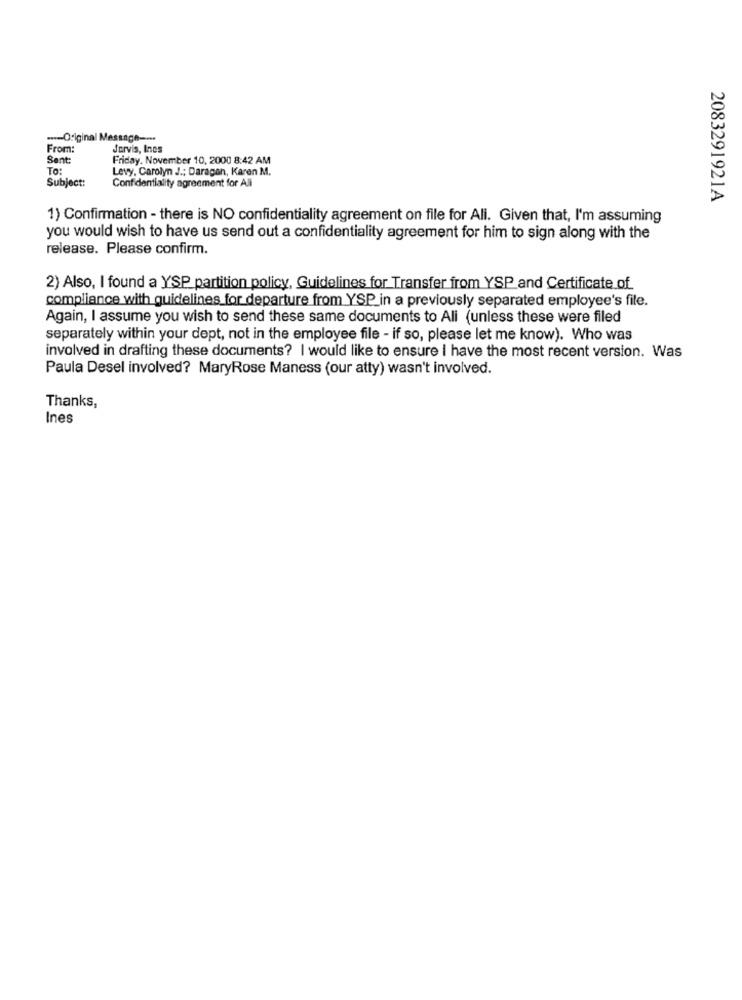
---- Original Message ---.
From:
Jarvis, Ines
Sent:
Friday, November 10, 2000 8:42 AM
To:
Levy, Carolyn J .; Daragen, Karen M.
Subject:
Confidentiality agreement for All
2083291921A
1) Confirmation - there is NO confidentiality agreement on file for Ali. Given that, I'm assuming
you would wish to have us send out a confidentiality agreement for him to sign along with the
release. Please confirm.
2) Also, I found a YSP partition policy, Guidelines for Transfer from YSP and Certificate of
compliance with guidelines for departure from YSP_in a previously separated employee's file.
Again, I assume you wish to send these same documents to Ali (unless these were filed
separately within your dept, not in the employee file - if so, please let me know). Who was
involved in drafting these documents? I would like to ensure I have the most recent version. Was
Paula Desel involved? MaryRose Maness (our atty) wasn't involved.
Thanks,
Ines